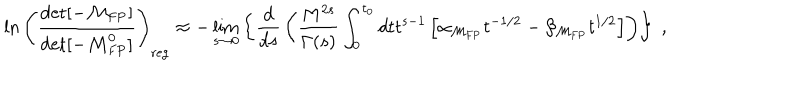
\ln \left( { \frac { \det [ - { \cal M } _ { \mathrm { F P } } ] } { \det [ - { \cal M } _ { \mathrm { F P } } ^ { 0 } ] } } \right) _ { \mathrm { r e g } } \approx - \lim _ { s \to 0 } \left\{ { \frac { d } { d s } } \left( { \frac { M ^ { 2 s } } { \Gamma ( s ) } } \int _ { 0 } ^ { t _ { 0 } } d t t ^ { s - 1 } \left[ \alpha _ { { \cal M } _ { \mathrm { F P } } } t ^ { - 1 / 2 } - \beta _ { { \cal M } _ { \mathrm { F P } } } t ^ { 1 / 2 } \right] \right) \right\} \; ,